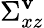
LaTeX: \Sigma_{xz}^{\mathbf{v}}